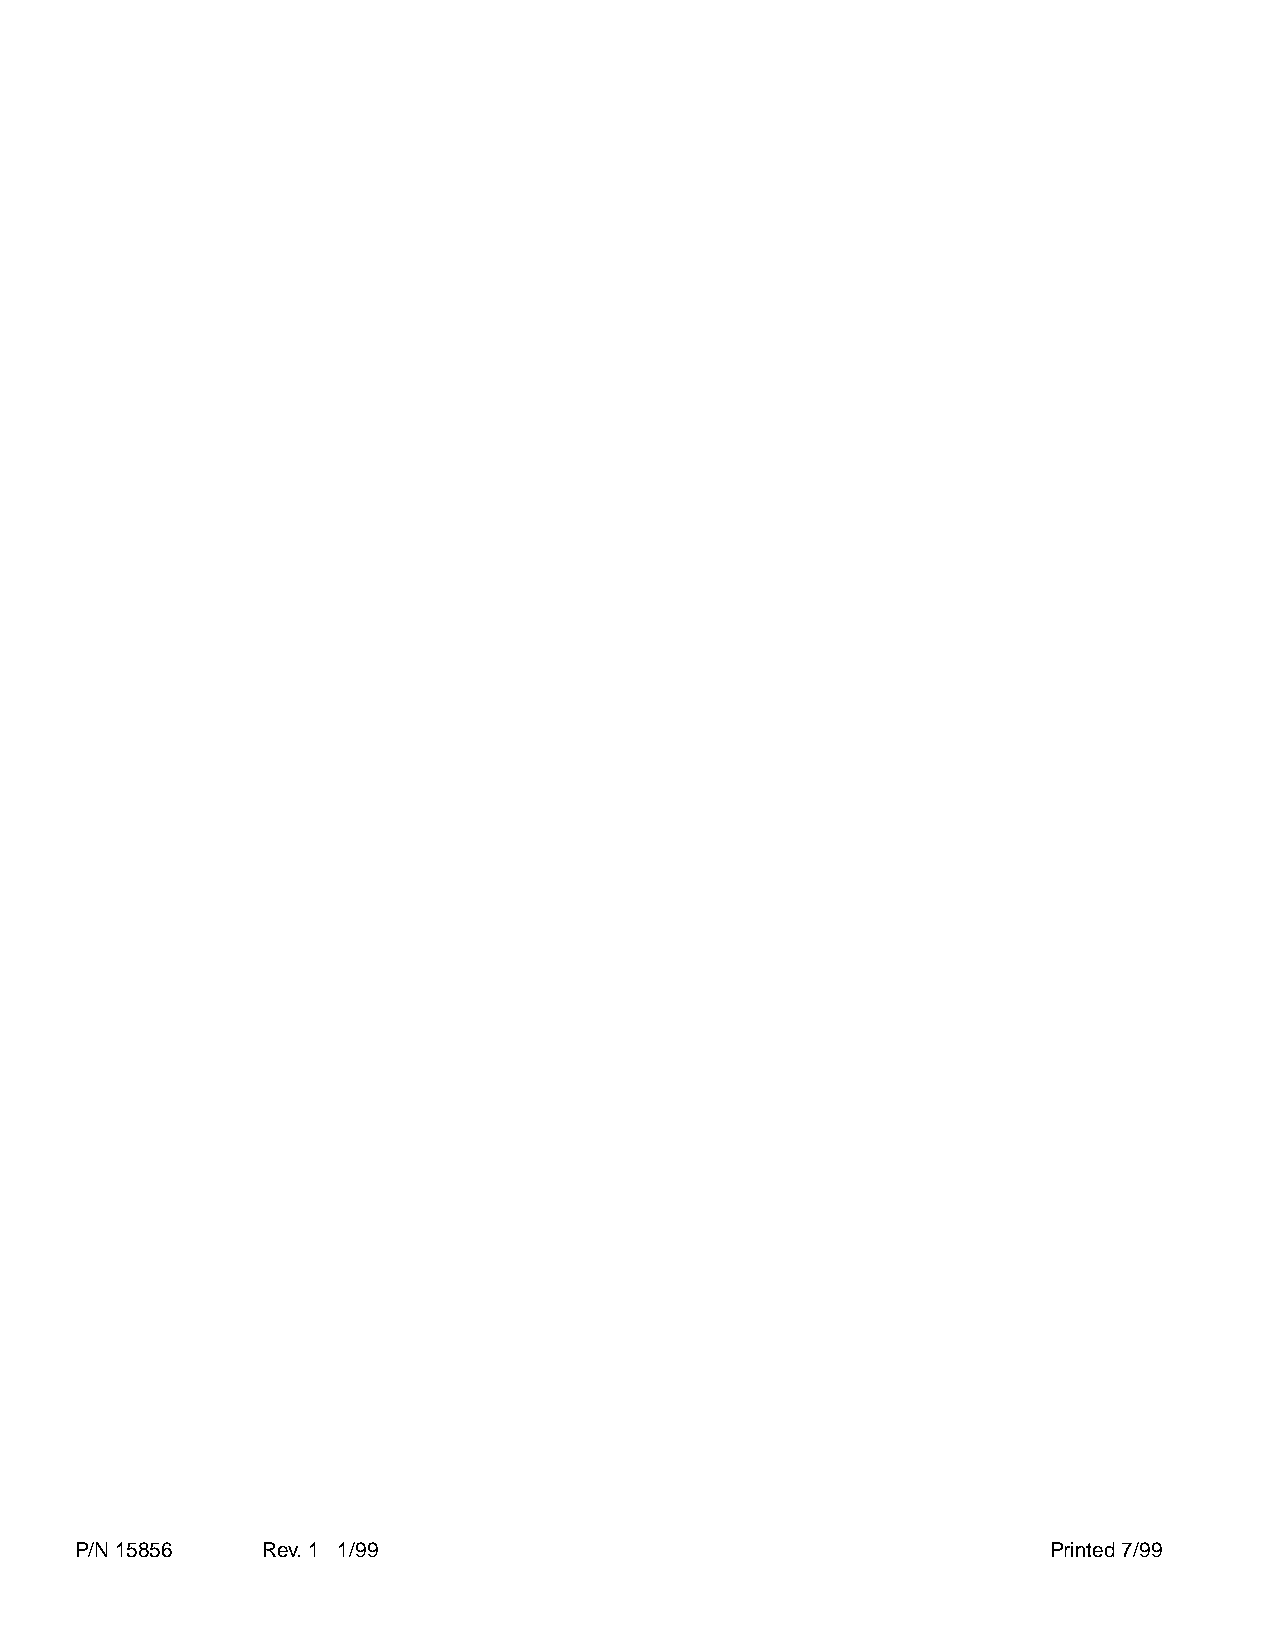
P/N 15856   Rev. 1 1/99                                          Printed 7/99